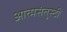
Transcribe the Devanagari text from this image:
आत्मसंतुस्टी